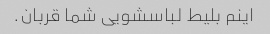
اینم بلیط لباسشویی شما قربان.